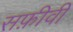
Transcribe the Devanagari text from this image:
सफ़ीवी